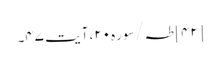
[۴۲] طہ/سوره۲۰، آیت ۴۷۔